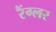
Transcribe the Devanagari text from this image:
रैंग्लर